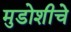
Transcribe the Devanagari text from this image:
मुडोशीचे